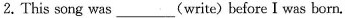
2.This song was___(write)before I was born.